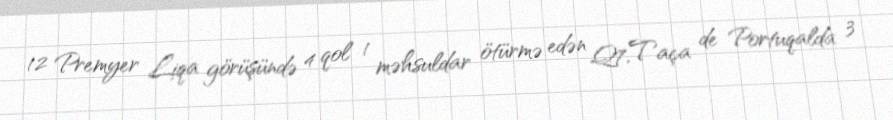
12 Premyer Liqa görüşündə 4 qol 1 məhsuldar ötürmə edən Q7,Taça de Portuqalda 3